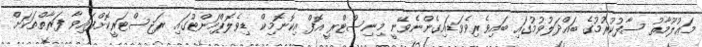
މަޢުލޫމާތު ސާފުކުރުމުގެ ބައްދަލުވުމުގައި ބައިވެރިވެވަޑައިގެންނެވޭނީ މިނިސްޓްރީ އޮފް އިކޮނޮމިކް ޑިވެލޮޕްމަންޓުގައި ރަޖިސްޓަރީކޮށްފައިވާ ފަރާތްތަކަށް